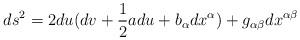
LaTeX: \begin{align*}ds^2 = 2du(dv+\frac{1}{2}adu+b_{\alpha}dx^{\alpha})+g_{\alpha\beta}dx^{\alpha \beta}\end{align*}